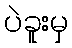
ပဲခူးမှ